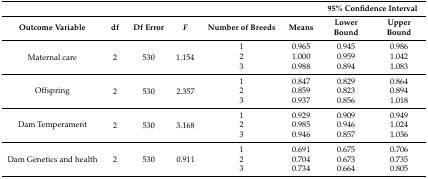
<table><thead><tr><td></td><td></td><td></td><td></td><td></td><td></td><td colspan="2"><b>95% Confidence Interval</b></td></tr><tr><td><b>Outcome Variable</b></td><td><b>df</b></td><td><b>Df Error</b></td><td><b><i>F</i></b></td><td><b>Number of Breeds</b></td><td><b>Means</b></td><td><b>Lower Bound</b></td><td><b>Upper Bound</b></td></tr></thead><tbody><tr><td rowspan="3">Maternal care</td><td rowspan="3">2</td><td rowspan="3">530</td><td rowspan="3">1.154</td><td>1</td><td>0.965</td><td>0.945</td><td>0.986</td></tr><tr><td>2</td><td>1.000</td><td>0.959</td><td>1.042</td></tr><tr><td>3</td><td>0.988</td><td>0.894</td><td>1.083</td></tr><tr><td rowspan="3">Offspring</td><td rowspan="3">2</td><td rowspan="3">530</td><td rowspan="3">2.357</td><td>1</td><td>0.847</td><td>0.829</td><td>0.864</td></tr><tr><td>2</td><td>0.859</td><td>0.823</td><td>0.894</td></tr><tr><td>3</td><td>0.937</td><td>0.856</td><td>1.018</td></tr><tr><td rowspan="3">Dam Temperament</td><td rowspan="3">2</td><td rowspan="3">530</td><td rowspan="3">3.168</td><td>1</td><td>0.929</td><td>0.909</td><td>0.949</td></tr><tr><td>2</td><td>0.985</td><td>0.946</td><td>1.024</td></tr><tr><td>3</td><td>0.946</td><td>0.857</td><td>1.036</td></tr><tr><td rowspan="3">Dam Genetics and health</td><td rowspan="3">2</td><td rowspan="3">530</td><td rowspan="3">0.911</td><td>1</td><td>0.691</td><td>0.675</td><td>0.706</td></tr><tr><td>2</td><td>0.704</td><td>0.673</td><td>0.735</td></tr><tr><td>3</td><td>0.734</td><td>0.664</td><td>0.805</td></tr></tbody></table>